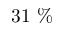
3 1 \ \%